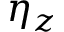
\eta _ { z }